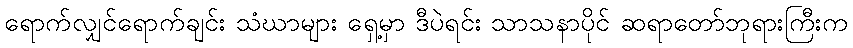
ရောက်လျှင်ရောက်ချင်း သံဃာများ ရှေ့မှာ ဒီပဲရင်း သာသနာပိုင် ဆရာတော်ဘုရားကြီးက